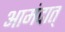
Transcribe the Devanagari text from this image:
आमंदात्‌